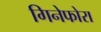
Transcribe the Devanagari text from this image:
गिनेफोरा